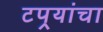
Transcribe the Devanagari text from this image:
टपर्‍यांचा